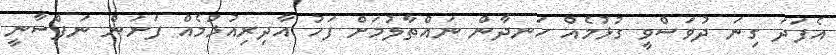
އެފަދަ ގިނަ ދުވަސްވީ ގުޅުމެއް ހަނދާން ނައްތާލުމަށް ފަހު އާދިރިއުޅުމެއް ފަށަން ނަފްސާނީ